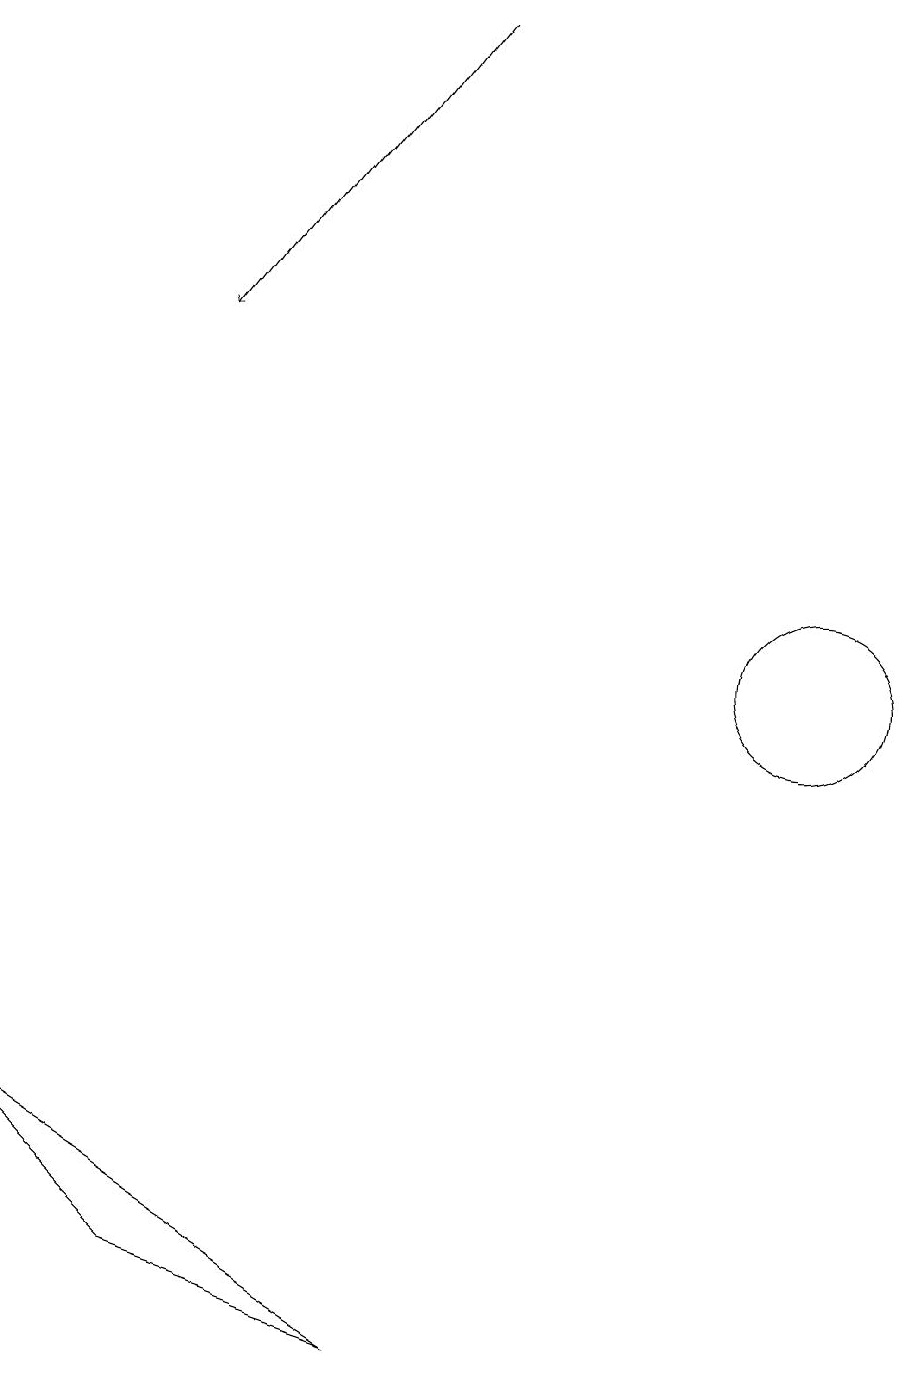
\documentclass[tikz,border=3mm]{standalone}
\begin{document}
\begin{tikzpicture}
\draw (10,10) circle (1);
\draw[->] (5,18) -- (2,14);
\draw (5,1) -- (2,2) -- (0,4) -- cycle;
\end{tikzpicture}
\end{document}